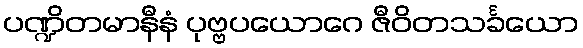
ပဏ္ဍိတမာနီနံ ပုဗ္ဗပယောဂေ ဇီဝိတသင်္ခယော